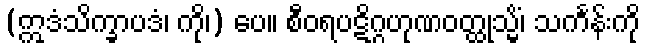
(ဣဒံသိက္ခာပဒံ၊ ကို၊) ပေ။ စီဝရပဋိဂ္ဂဟုဏဝတ္ထုသ္မိံ၊ သင်္ကန်းကို